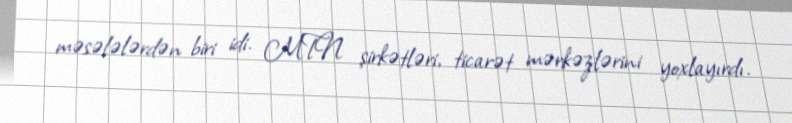
məsələlərdən biri idi. MTN şirkətləri, ticarət mərkəzlərini yoxlayırdı.